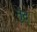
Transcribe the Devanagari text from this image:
तुंद